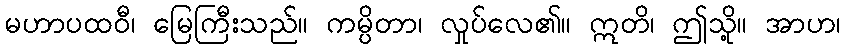
မဟာပထဝီ၊ မြေကြီးသည်။ ကမ္ပိတာ၊ လှုပ်လေ၏။ ဣတိ၊ ဤသို့။ အာဟ၊